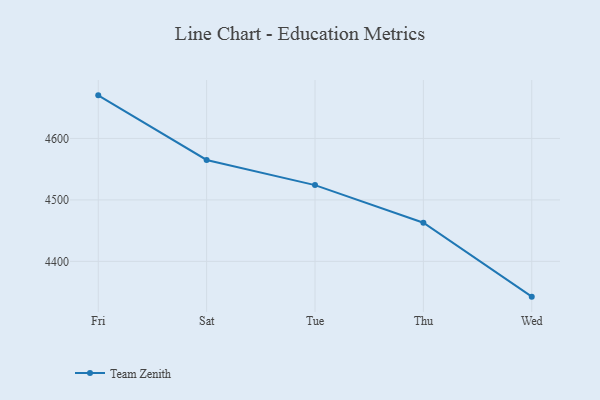
{"axis": {"x": "Day", "y": "Page Views"}, "legend": ["Team Zenith"], "data": [{"x": "Fri", "y": 4670.1, "type": "Team Zenith"}, {"x": "Sat", "y": 4565.0, "type": "Team Zenith"}, {"x": "Tue", "y": 4524.1, "type": "Team Zenith"}, {"x": "Thu", "y": 4462.8, "type": "Team Zenith"}, {"x": "Wed", "y": 4342.6, "type": "Team Zenith"}]}